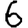
Digit: 6